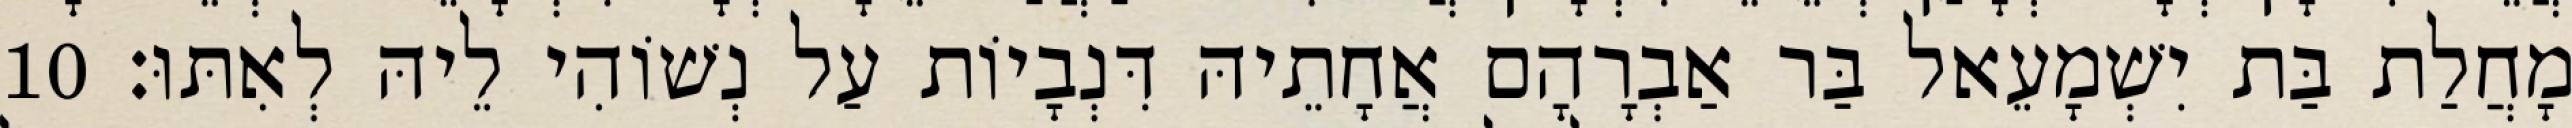
מָחֲלַת בַּת יִשְׁמָעֵאל בַּר אַבְרָהָם אֲחָתֵיהּ דִּנְבָיוֹת עַל נְשׁוֹהִי לֵיהּ לְאִתּוּ׃ 10